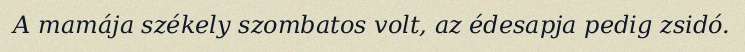
A mamája székely szombatos volt, az édesapja pedig zsidó.